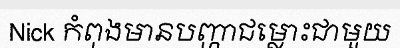
Nick កំពុងមានបញ្ហាជម្លោះជាមួយ